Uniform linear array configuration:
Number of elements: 16
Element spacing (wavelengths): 0.5
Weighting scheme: blackman
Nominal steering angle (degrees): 15
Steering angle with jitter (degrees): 13.367
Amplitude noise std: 0.05
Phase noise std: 0.05

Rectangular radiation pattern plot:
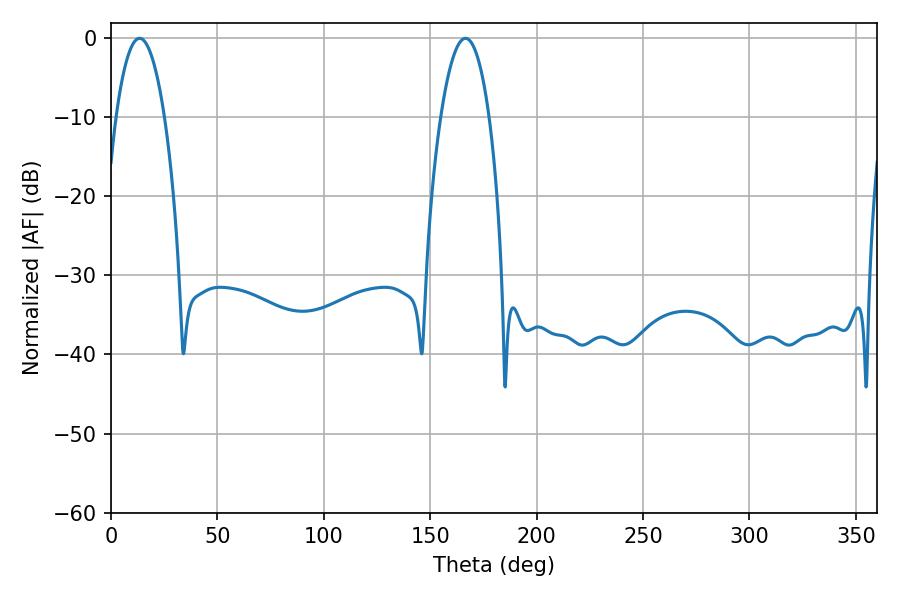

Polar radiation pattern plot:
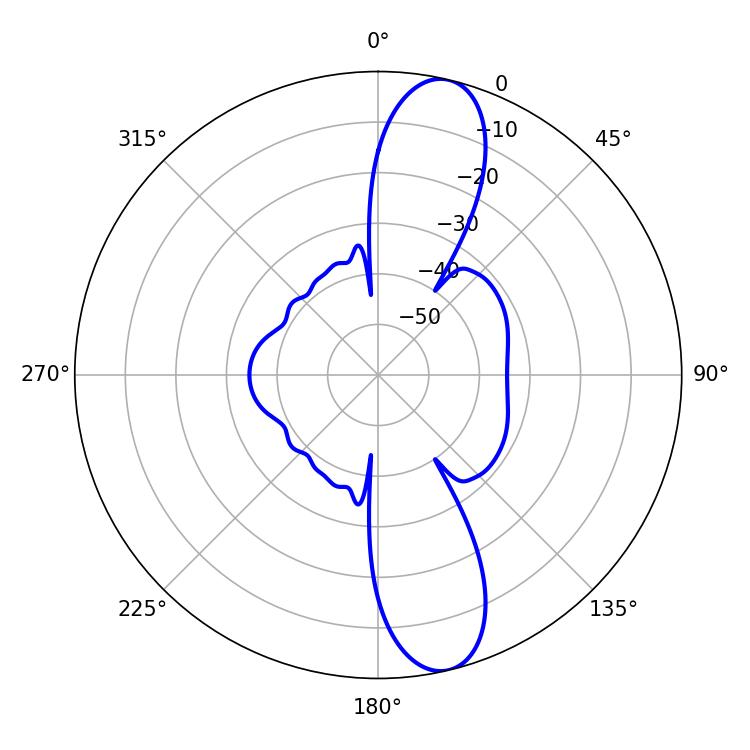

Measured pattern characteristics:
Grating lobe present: FALSE
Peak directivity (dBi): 12.572
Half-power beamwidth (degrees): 12.6
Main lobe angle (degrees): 13.5